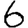
Digit: 6